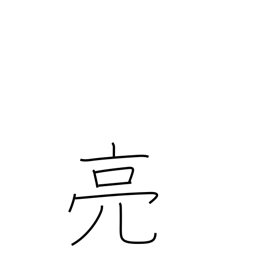
Meaning: help